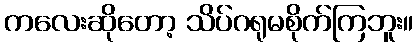
ကလေးဆိုတော့ သိပ်ဂရုမစိုက်ကြဘူး။